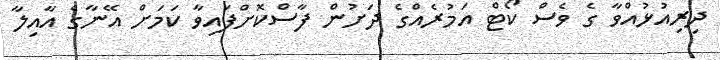
ދިރިއުޅުއްވާ ގެ ވެސް ކޯޓް އަމުރެއްގެ ދަަށުން ފާސްކޮށްފައިވާ ކަމަށް އޭނާގެ އާއިލާ